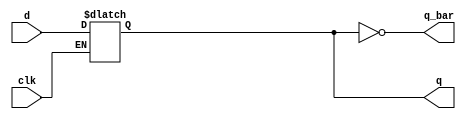
module _dlatch(clk,d,q,q_bar);
  input clk; //clock
  input d;
  output q,q_bar;
  reg q;
  
  always@(clk or d)begin
    if(clk==1) //Update q value according to d
      q<=d;
  end
  
  assign q_bar=~q;
endmodule